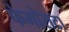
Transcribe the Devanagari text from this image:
फेमोराटा